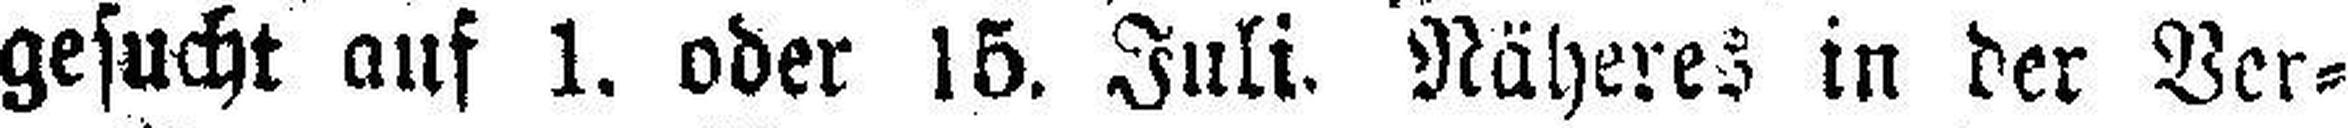
gesucht auf 1. oder 15. Juli. Näheres in der Ver¬